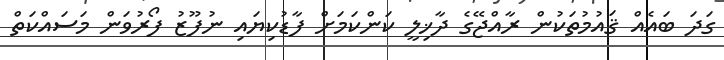
ގަދަ ބައެއް ޤައުމުތަކުން ރާއްޖޭގެ ދާޚިލީ ކަންކަމަށް ފާޑުކިޔައި ނުފޫޒު ފޯރުވަން މަސައްކަތް